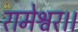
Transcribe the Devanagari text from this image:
रामेश्वर।।